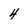
Character: 4